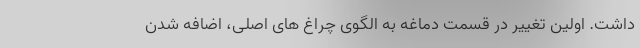
داشت. اولین تغییر در قسمت دماغه به الگوی چراغ های اصلی، اضافه شدن